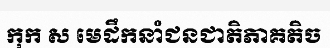
កុក ស មេដឹកនាំជនជាតិភាគតិច